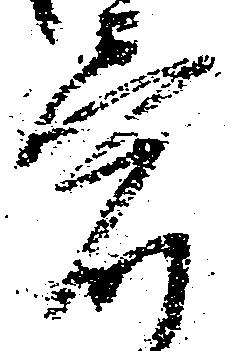
意